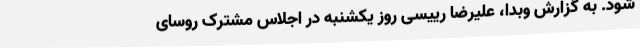
شود. به گزارش وبدا، علیرضا رییسی روز یکشنبه در اجلاس مشترک روسای